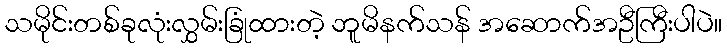
သမိုင်းတစ်ခုလုံးလွှမ်းခြုံထားတဲ့ ဘူမိနက်သန် အဆောက်အဦကြီးပါပဲ။